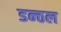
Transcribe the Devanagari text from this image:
डन्ठल